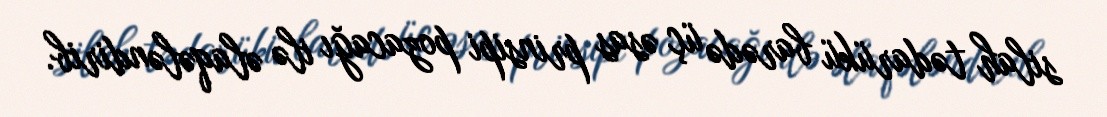
silah tədarükü barədə üç əsas prinsipi pozacağı ilə əlaqələndirib.